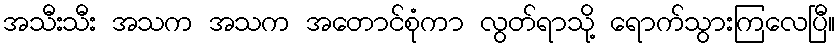
အသီးသီး အသက အသက အတောင်စုံကာ လွတ်ရာသို့ ရောက်သွားကြလေပြီ။